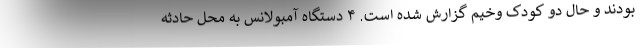
بودند و حال دو کودک وخیم گزارش شده است. ۴ دستگاه آمبولانس به محل حادثه